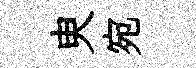
㬰宛